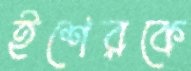
ইশেরকে